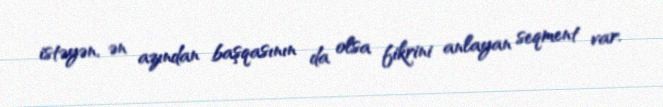
istəyən, ən azından başqasının da olsa fikrini anlayan seqment var.